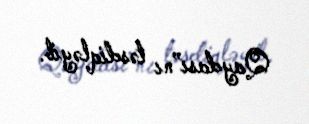
Qaydası”nı təsdiqləyib.